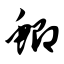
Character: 鲫